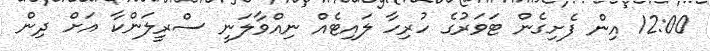
12:00 އިން ފެށިގެން ޓަވަރުގެ ހުރިހާ ލައިޓެއް ނިއްވާލަނީ ސްރީލަންކާ އަށް ދިން